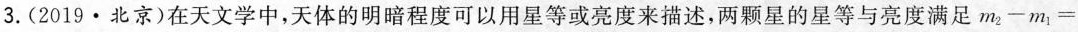
3. (2019·北京)在天文学中，天体的明暗程度可以用星等或亮度来描述，两颗星的星等与亮度满足m_{2}-m_{1}= $$